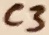
Text: C3